Annual report of the Punjab Veterinary College and of the Civil Veterinary Department, Punjab - 1894-1908
Year: 1894
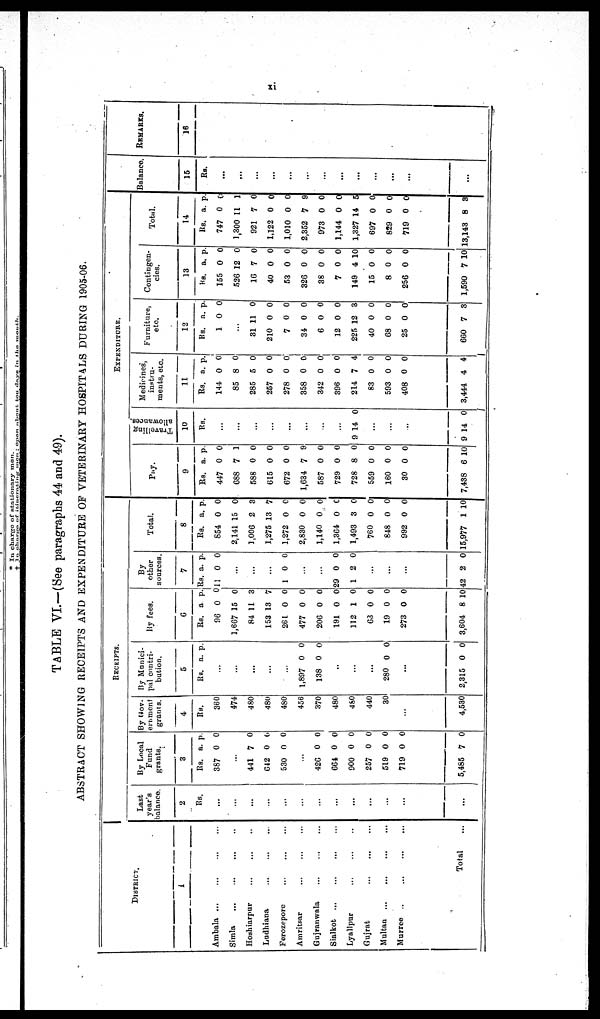
xi
TABLE VI.—(See paragraphs 44 and 49).
ABSTRACT SHOWING RECEIPTS AND EXPENDITURE OF VETERINARY HOSPITALS DURING 1905-06.
DISTRICT
1
Ambala
...
...
...
...
Simla
...
...
...
...
Hoshiarpur ... ... ..
Ludhiana ... ... ...
Ferozepore ... ... ...
Amritsar ... ... ...
Gujranwala ... ... ...
Sialkot ... ... ... ...
Lyallpur ... ... ...
Gujrat
...
...
...
Multan ... ... ... ...
Murree .. ... ... ...
Total ...
RECEIPT.
Last
year's
balance.
2
Rs.
...
...
...
...
...
...
...
...
...
...
...
...
...
By Local
Fund grant.
3
Rs.
387
a.
0
p.
0
...
441
642
530
7
0
0
0
0
0
...
426
664
900
257
519
719
5,485
0
0
0
0
0
0
7
0
0
0
0
0
0
0
By Gov-
ernment
grants.
4
Rs.
360
474
480
480
480
456
370
480
460
440
30
...
4,530
By Munici-
pal conri-
bution.
5
Rs. a. p.
...
...
...
...
...
1,897
138
0
0
0
0
.
.
...
..
.
280 0 0
...
2,315 0 0
By fees.
6
Rs.
96
1,667
84
153
261
477
206
191
112
63
19
273
3,604
a
0
15
11
13
0
0
0
0
1
0
0
0
8
p.
0
0
3
7
0
0
0
0
0
0
0
0
10
By
other
sources.
7
Rs.
11
a.
0
p.
0
.
..
.
..
...
1 0 0
.
..
...
29
1
0
2
0
0
...
...
...
42 2 0
Total.
8
Rs.
854
2,141
1,006
1,275
1,272
2,830
1,140
1,364
1,493
760
848
992
15,977
a.
0
15
2
13
0
0
0
0
3
0
0
0
1
p.
0
0
3
7
0
0
0
0
0
0
0
0
10
EXPENDITURE.
Pay.
9
Rs.
447
688
588
615
672
1,634
587
729
728
559
160
30
7,438
a.
0
7
0
0
0
7
0
0
8
0
0
0
6
p.
0
1
0
0
0
9
0
0
0
0
0
0
10
Tr avel l
i
ng
allowances.
10
Rs .
...
...
...
...
...
...
...
...
9 14 0
...
...
...
9 14 0
Medicines,
instru-
ments, etc,.
11
Rs.
144
85
285
257
278
358
342
396
214
83
593
408
3,444
a.
0
8
5
0
0
0
0
0
7
0
0
0
4
p.
0
0
0
0
0
0
0
0
4
0
0
0
4
Furniture
etc.
12
Rs.
1
a.
0
p.
0
...
31 1
210
7
34
6
12
225 1
40
68
25
660
1
0
0
0
0
0
2
0
0
0
7
0
0
0
0
0
0
3
0
0
0
3
Contingen-
cies.
13
Rs.
155
526 1
16
40
53
326
38
7
149
15
8
256
1,590
a.
0
2
7
0
0
0
0
0
4
0
0
0
7
p.
0
0
0
0
0
0
0
0
10
0
0
0
10
Total.
14
Rs.
747
1,300
921
1,122
1,010
2,352
973
1,144
1,327
697
829
719
13,143
a.
0
11
7
0
0
7
0
0
14
0
0
0
8
p.
0
1
0
0
0
9
0
0
5
0
0
0
3
Balance.
15
RS.
...
...
...
...
...
...
...
...
...
...
...
...
...
REMARKS.
16